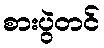
စားပွဲတင်